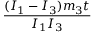
\frac { ( I _ { 1 } - I _ { 3 } ) m _ { 3 } t } { I _ { 1 } I _ { 3 } }